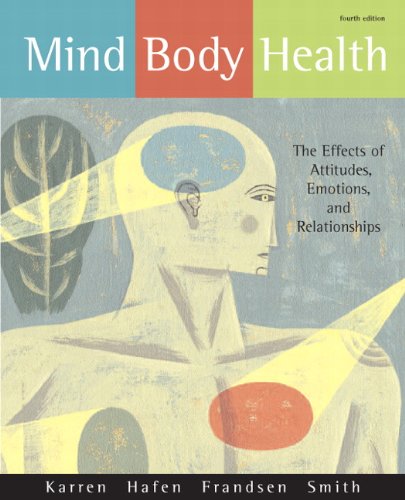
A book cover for Mind/Body Health: The Effects of Attitudes, Emotions, and Relationships (4th Edition); Keith J. Karren Ph.D.; Medical Books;